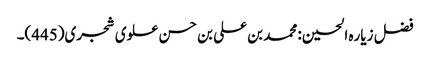
فضل زیاره الحسین: محمد بن علی بن حسن علوی شجری(445)۔